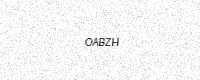
Text: OABZH